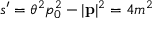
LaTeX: s ^ { \prime } = \theta ^ { 2 } p _ { 0 } ^ { 2 } - | \mathbf { p } | ^ { 2 } = 4 m ^ { 2 }